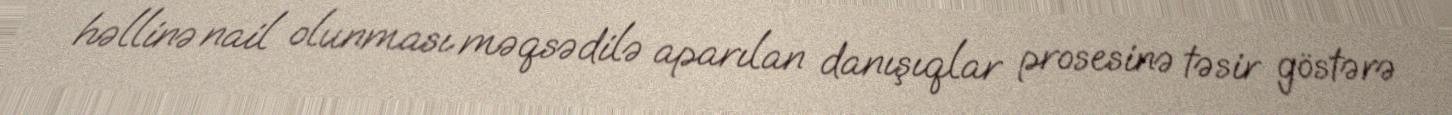
həllinə nail olunması məqsədilə aparılan danışıqlar prosesinə təsir göstərə